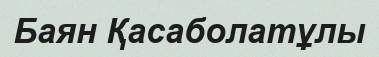
Баян Қасаболатұлы